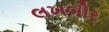
લખબીર